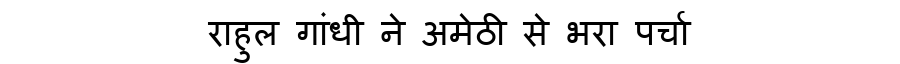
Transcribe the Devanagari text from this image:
राहुल गांधी ने अमेठी से भरा पर्चा